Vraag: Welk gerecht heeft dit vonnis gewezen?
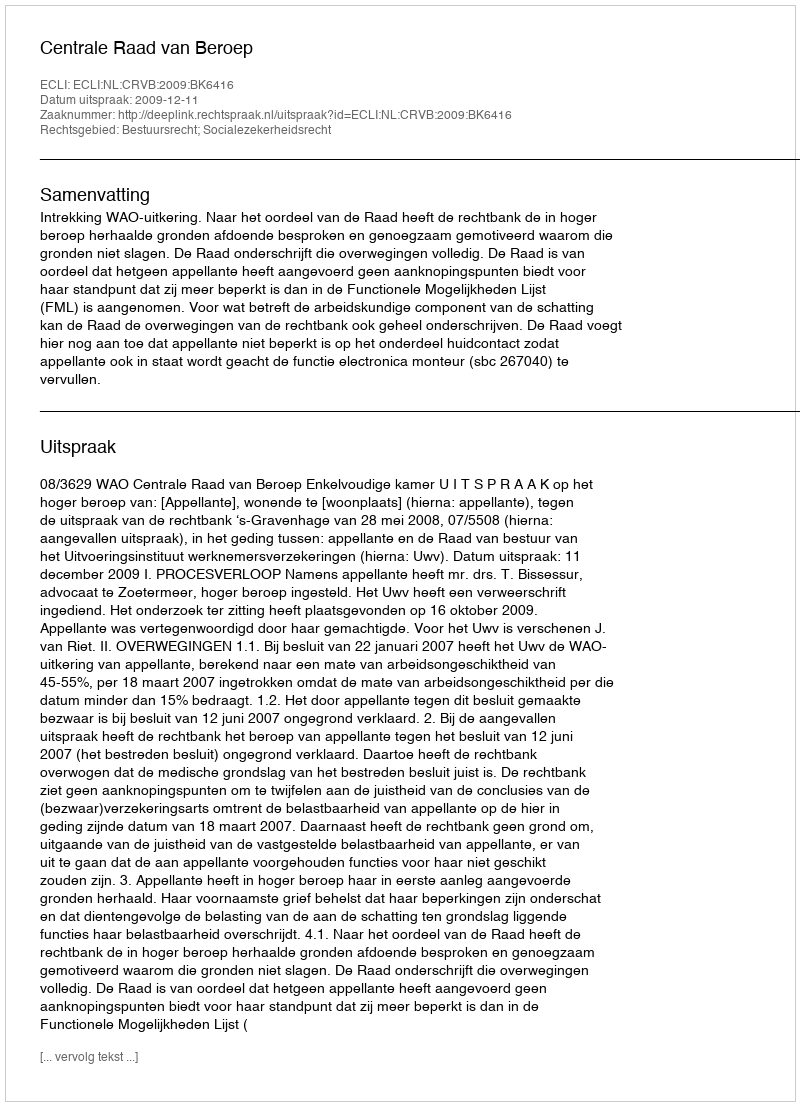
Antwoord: Centrale Raad van Beroep